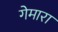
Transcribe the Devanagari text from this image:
गेमारा